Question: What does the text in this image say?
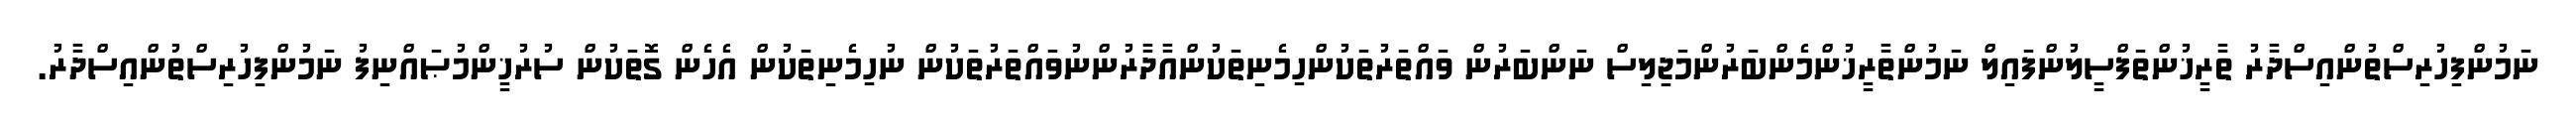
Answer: ނަމުންފިހުރިސްތުންއިސްދާރު ތާރީޚުންތަފްސީލުންފައިލް ނަމުންތާރީޚުންމެންބަރުންމަޖިލިސް ނަންބަރުން ވައްތަރުތަކުންހިމެނިތަކުންއާދާރުންނުވައްތަރުތަކުން ނުހިމެނިތަކުން އެހެން ގޮތަކުން ސުރުޚީންމުޞައްނިފު ނަމުންފިހުރިސްތުންއިސްދާރު.